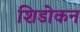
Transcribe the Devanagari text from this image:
शिडोकन